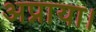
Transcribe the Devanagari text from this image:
अप्नाया।